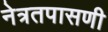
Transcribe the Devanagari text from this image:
नेत्रतपासणी